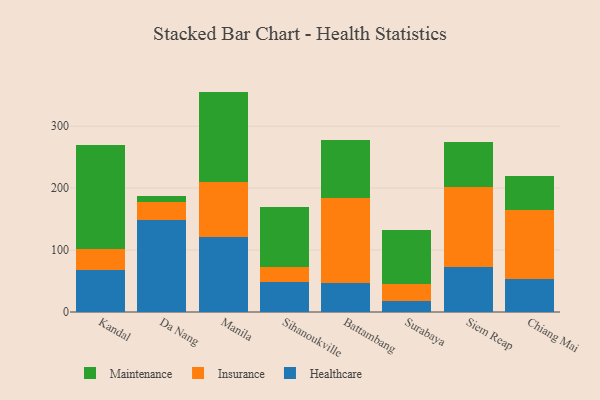
{"axis": {"x": "City", "y": "Budget (USD K)"}, "legend": ["Healthcare", "Insurance", "Maintenance"], "data": [{"x": "Kandal", "y": 67.9, "type": "Healthcare"}, {"x": "Kandal", "y": 33.4, "type": "Insurance"}, {"x": "Kandal", "y": 168.0, "type": "Maintenance"}, {"x": "Da Nang", "y": 148.3, "type": "Healthcare"}, {"x": "Da Nang", "y": 30.0, "type": "Insurance"}, {"x": "Da Nang", "y": 9.3, "type": "Maintenance"}, {"x": "Manila", "y": 121.5, "type": "Healthcare"}, {"x": "Manila", "y": 88.9, "type": "Insurance"}, {"x": "Manila", "y": 145.4, "type": "Maintenance"}, {"x": "Sihanoukville", "y": 48.8, "type": "Healthcare"}, {"x": "Sihanoukville", "y": 24.2, "type": "Insurance"}, {"x": "Sihanoukville", "y": 97.0, "type": "Maintenance"}, {"x": "Battambang", "y": 46.6, "type": "Healthcare"}, {"x": "Battambang", "y": 138.1, "type": "Insurance"}, {"x": "Battambang", "y": 92.2, "type": "Maintenance"}, {"x": "Surabaya", "y": 18.3, "type": "Healthcare"}, {"x": "Surabaya", "y": 26.6, "type": "Insurance"}, {"x": "Surabaya", "y": 88.0, "type": "Maintenance"}, {"x": "Siem Reap", "y": 72.7, "type": "Healthcare"}, {"x": "Siem Reap", "y": 129.0, "type": "Insurance"}, {"x": "Siem Reap", "y": 72.2, "type": "Maintenance"}, {"x": "Chiang Mai", "y": 52.7, "type": "Healthcare"}, {"x": "Chiang Mai", "y": 112.6, "type": "Insurance"}, {"x": "Chiang Mai", "y": 54.9, "type": "Maintenance"}]}